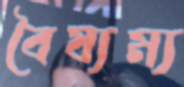
বৈষ্যম্য